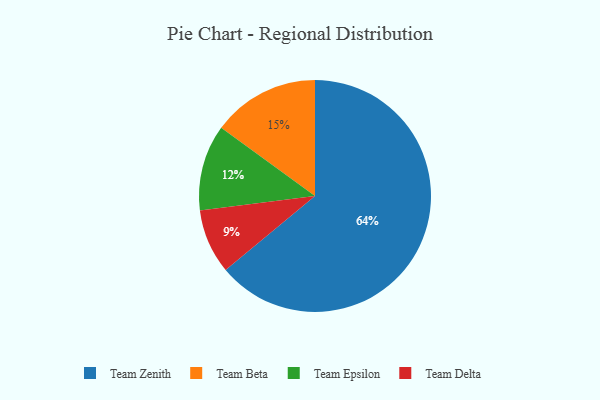
{"axis": {"x": "Category", "y": "Percentage"}, "legend": ["Team Beta", "Team Delta", "Team Epsilon", "Team Zenith"], "data": [{"x": "Team Zenith", "y": 64, "type": "Team Zenith"}, {"x": "Team Epsilon", "y": 12, "type": "Team Epsilon"}, {"x": "Team Beta", "y": 15, "type": "Team Beta"}, {"x": "Team Delta", "y": 9, "type": "Team Delta"}]}